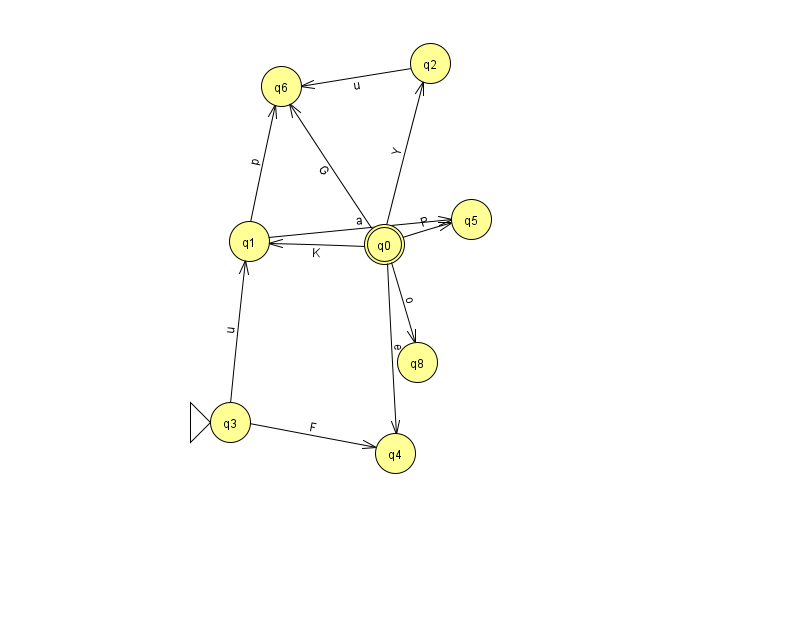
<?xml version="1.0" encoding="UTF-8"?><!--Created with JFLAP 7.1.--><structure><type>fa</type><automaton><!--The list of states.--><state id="0" name="q0"><x>384.0</x><y>231.0</y><final/></state><state id="1" name="q1"><x>249.0</x><y>228.0</y></state><state id="2" name="q2"><x>430.0</x><y>50.0</y></state><state id="3" name="q3"><x>230.0</x><y>409.0</y><initial/></state><state id="4" name="q4"><x>395.0</x><y>440.0</y></state><state id="5" name="q5"><x>471.0</x><y>206.0</y></state><state id="6" name="q6"><x>281.0</x><y>73.0</y></state><state id="8" name="q8"><x>417.0</x><y>349.0</y></state><!--The list of transitions.--><transition><from>0</from><to>8</to><read>o</read></transition><transition><from>0</from><to>6</to><read>G</read></transition><transition><from>1</from><to>6</to><read>p</read></transition><transition><from>0</from><to>2</to><read>Y</read></transition><transition><from>3</from><to>1</to><read>u</read></transition><transition><from>0</from><to>5</to><read>P</read></transition><transition><from>1</from><to>5</to><read>a</read></transition><transition><from>0</from><to>1</to><read>K</read></transition><transition><from>2</from><to>6</to><read>u</read></transition><transition><from>3</from><to>4</to><read>F</read></transition><transition><from>0</from><to>4</to><read>e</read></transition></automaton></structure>